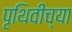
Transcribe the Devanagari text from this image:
पृथिवीच्या